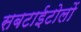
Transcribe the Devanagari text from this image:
सबटाईटोलों